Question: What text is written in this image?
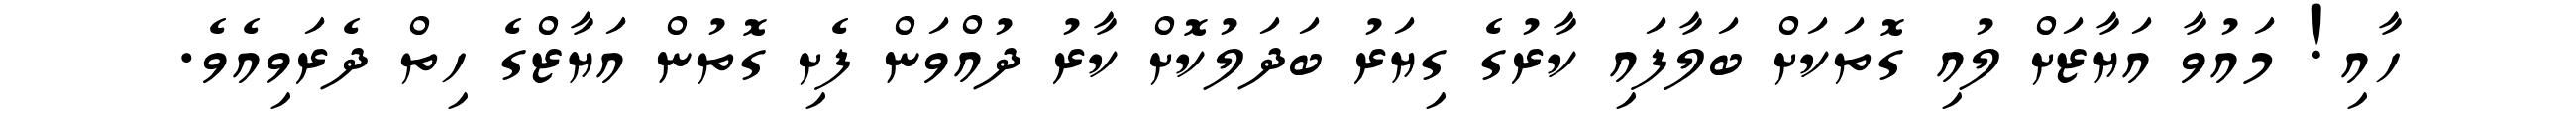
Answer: ހާއި! މައުވާ އަޔާޒަށް ލުއި ގޮތަކަށް ބަލާފައި ކާރުގެ ގިޔަރު ބަދަލުކޮށް ކާރު ދުއްވަން ފެށި ގޮތުން އަޔާޒްގެ ހިތް ދެރަވިއެވެ.